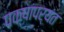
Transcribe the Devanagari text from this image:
पक्षांपर्यंत